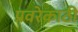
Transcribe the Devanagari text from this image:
प्रवरेकाठी